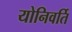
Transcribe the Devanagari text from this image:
योनिवर्ति